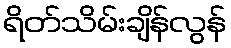
ရိတ်သိမ်းချိန်လွန်